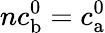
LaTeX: nc_{\mathrm{b}}^{0}=c_{\mathrm{a}}^{0}